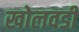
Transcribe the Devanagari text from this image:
खोलवडी